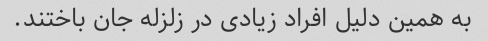
به همین دلیل افراد زیادی در زلزله جان باختند.